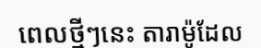
ពេលថ្មីៗនេះ តារាម៉ូដែល